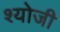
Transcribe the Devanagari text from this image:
श्योजी